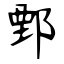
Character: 鄄